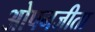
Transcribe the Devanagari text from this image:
ओपनजीता